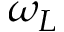
\omega _ { L }